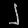
Digit: ၂